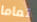
تماما